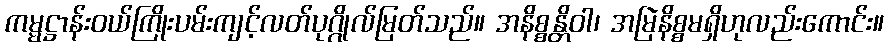
ကမ္မဋ္ဌာန်းဝယ်ကြိုးပမ်းကျင့်လတ်ပုဂ္ဂိုလ်မြတ်သည်။ အနိစ္စန္တိဝါ၊ အမြဲနိစ္စမရှိဟုလည်းကောင်း။